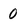
Character: 0